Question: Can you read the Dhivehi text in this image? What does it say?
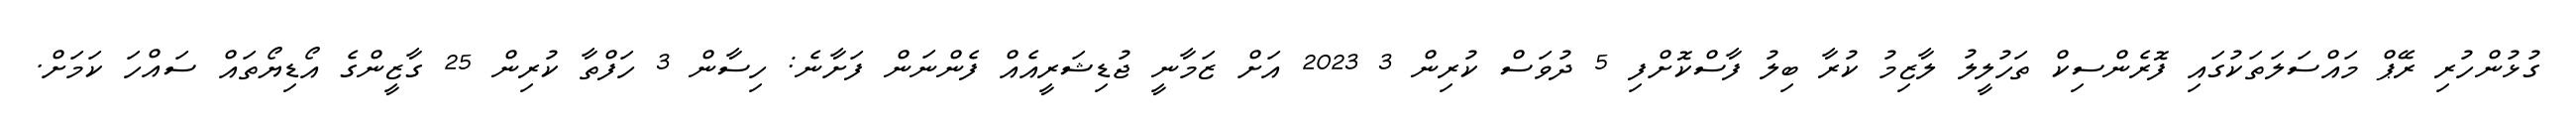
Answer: ގުޅުންހުރި ރޭޕް މައްސަލަތަކުގައި ފޮރެންސިކް ތަހުލީލު ލާޒިމު ކުރާ ބިލު ފާސްކޮށްފި 5 ދުވަސް ކުރިން 3 2023 އަށް ޒަމާނީ ޖުޑިޝަރީއެއް ފެންނަން ފަށާނެ: ހިސާން 3 ހަފްތާ ކުރިން 25 ގާޒީންގެ އޯޑިޔޯތައް ސައްހަ ކަމަށް.